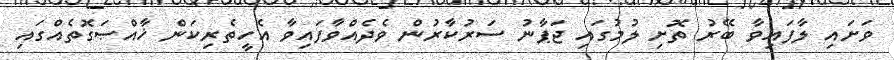
ވަށައި ލާފައިވާ ބޭރު ތޮށި ލުމުގައި ޖަޕާނު ސަރުކާރުން ވެދެއްވާފައިވާ އެހީތެރިކަން ޚާއްޞަގޮތެއްގައި